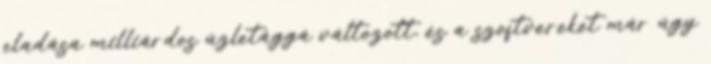
eladása milliárdos üzletággá változott, és a szoftvereket már úgy